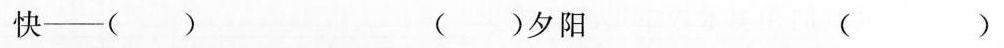
快——（ ） （ ）夕阳 （ ）